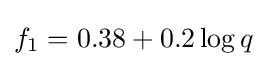
f_{1}=0.38+0.2\log {q}